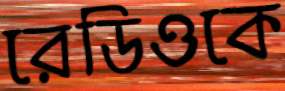
রেডিওকে